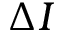
\Delta I